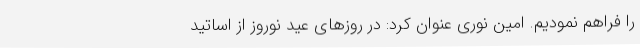
را فراهم نمودیم. امین نوری عنوان کرد: در روزهای عید نوروز از اساتید